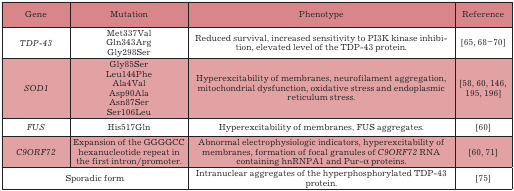
<table><thead><tr><td><b>Gene</b></td><td><b>Mutation</b></td><td><b>Phenotype</b></td><td><b>Reference</b></td></tr></thead><tbody><tr><td>TDP-43</td><td>Met337ValGln343ArgGly298Ser</td><td>Reduced survival, increased sensitivity to PI3K kinase inhibition,elevated level of the TDP-43 protein.</td><td>[65, 68-70]</td></tr><tr><td>SOD1</td><td>Gly85SerLeu144PheAla4ValAsp90AlaAsn87SerSer106Leu</td><td>Hyperexcitability of membranes, neurofilament aggregation,mitochondrial dysfunction, oxidative stress and endoplasmicreticulum stress.</td><td>[58, 60, 146,195, 196]</td></tr><tr><td>FUS</td><td>His517Gln</td><td>Hyperexcitability of membranes, FUS aggregates.</td><td>[60]</td></tr><tr><td>C9ORF72</td><td>Expansion of the GGGGCChexanucleotide repeat inthe first intron/promoter.</td><td>Abnormal electrophysiologic indicators, hyperexcitability ofmembranes, formation of focal granules of C9ORF72 RNAcontaining hnRNPA1 and Pur-α proteins.</td><td>[60, 71]</td></tr><tr><td colspan="2">Sporadic form</td><td>Intranuclear aggregates of the hyperphosphorylated TDP-43protein.</td><td>[75]</td></tr></tbody></table>